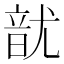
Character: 𮸲